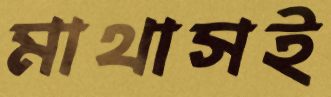
মাথাসই